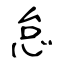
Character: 怠